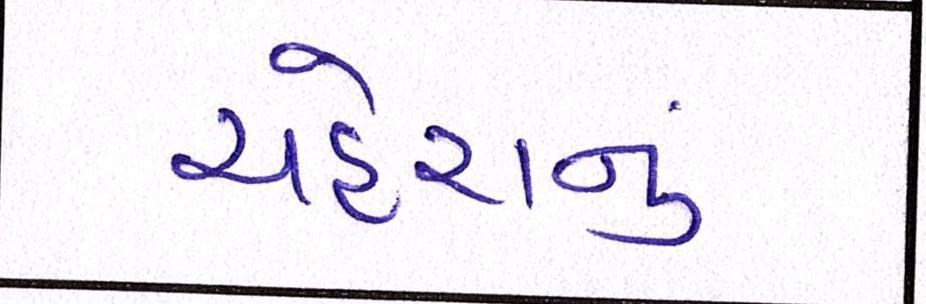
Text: ચહેરાનું